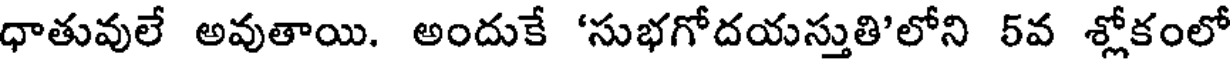
ధాతువులే అవుతాయి. అందుకే 'సుభగోదయస్తుతి'లోని 5వ శ్లోకంలో